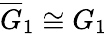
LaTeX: \overline{{G}}_{1}\cong G_{1}